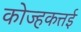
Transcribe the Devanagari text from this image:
कोज्हकत्तई